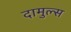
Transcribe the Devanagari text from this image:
दामुल्स